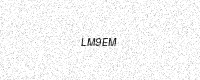
Text: LM9EM